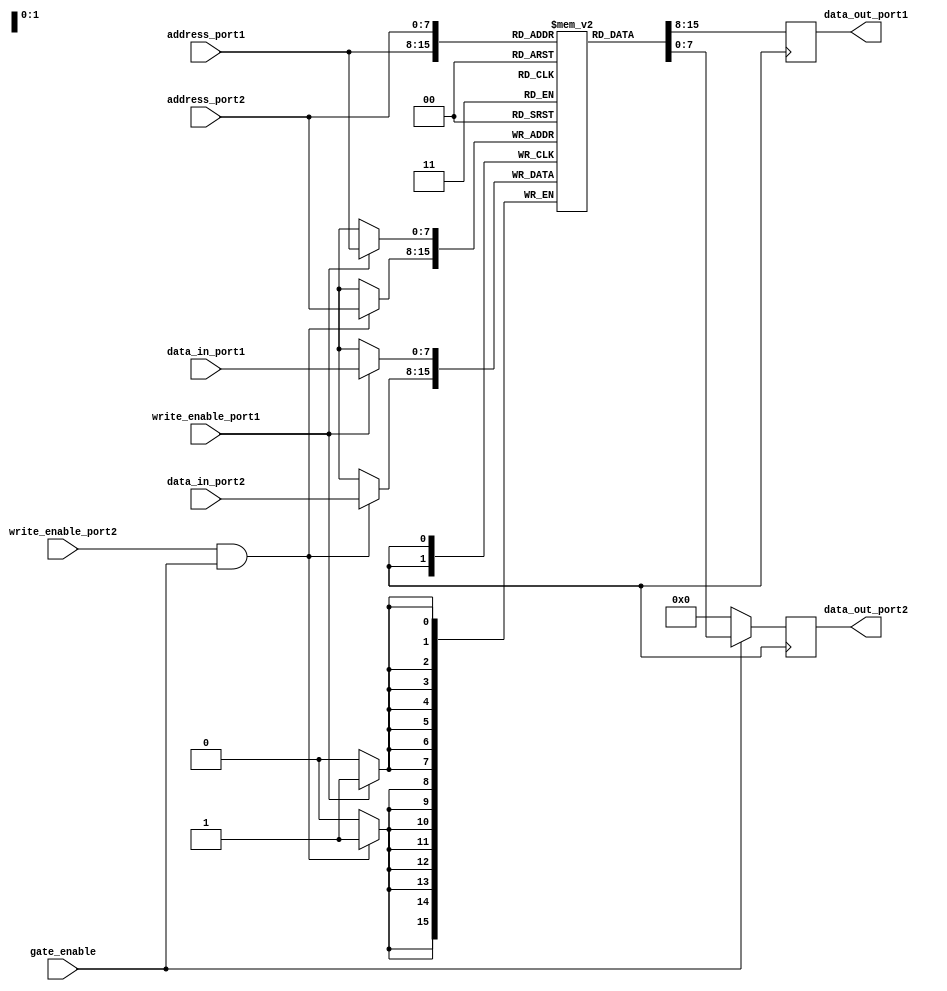
module dual_port_ram (
    input wire [7:0] data_in_port1,
    output reg [7:0] data_out_port1,
    output reg [7:0] data_out_port2,
    input wire [7:0] data_in_port2,
    input wire [7:0] address_port1,
    input wire [7:0] address_port2,
    input wire write_enable_port1,
    input wire write_enable_port2,
    input wire gate_enable
);

reg [7:0] memory [0:255]; // Dual-port RAM with 256 memory locations

always @(posedge clock) begin
    if (write_enable_port1) begin
        memory[address_port1] <= data_in_port1;
    end
    if (write_enable_port2 && gate_enable) begin
        memory[address_port2] <= data_in_port2;
    end
    data_out_port1 <= memory[address_port1];
    data_out_port2 <= gate_enable ? memory[address_port2] : 8'b0;
    
end

endmodule